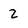
Character: 2